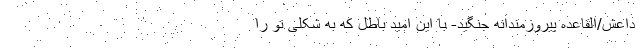
داعش/القاعده پیروزمندانه جنگید- با این امید باطل که به شکلی تو را